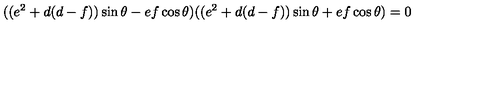
( ( e ^ { 2 } + d ( d - f ) ) \sin \theta - e f \cos \theta ) ( ( e ^ { 2 } + d ( d - f ) ) \sin \theta + e f \cos \theta ) = 0